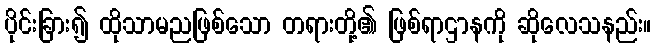
ပိုင်းခြား၍ ထိုသာမညဖြစ်သော တရားတို့၏ ဖြစ်ရာဌာနကို ဆိုလေသနည်း။